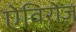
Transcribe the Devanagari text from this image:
ऐविरोज़